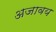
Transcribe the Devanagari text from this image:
अजावय